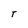
Character: T